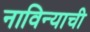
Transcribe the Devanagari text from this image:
नाविन्याची